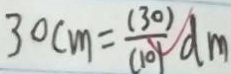
3 0 c m = \frac { ( 3 0 ) } { ( 1 0 ) } d m